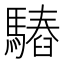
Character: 𩥫